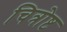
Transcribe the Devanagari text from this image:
चित्रोष्ट